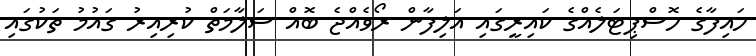
ހައިފާގެ ހޮސްޕިޓަލެއްގެ ކައިރީގައި އަލިފާން ރޯވެއްޖެ ބޮއް ސަލާމަތް ކުރިިއިރު ގައުމު ތަކުގައި